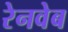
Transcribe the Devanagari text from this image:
रेनवेब